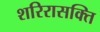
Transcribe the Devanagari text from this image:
शरिरासक्ति